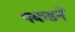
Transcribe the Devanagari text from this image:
पकडनें